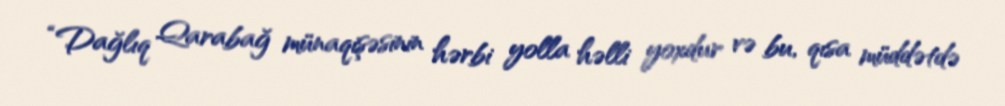
“Dağlıq Qarabağ münaqişəsinin hərbi yolla həlli yoxdur və bu, qısa müddətdə